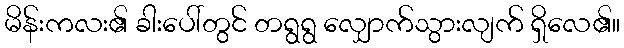
မိန်းကလး၏ ခါးပေါ်တွင် တရွရွ လျှောက်သွားလျက် ရှိလေ၏။